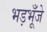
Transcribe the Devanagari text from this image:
भड़भूँजे